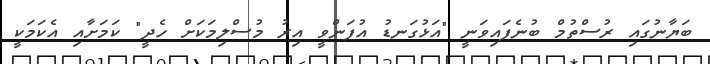
ބަޔާނުގައި ރުސްތުމް ބުނެފައިވަނީ "އަޅުގަނޑު އުފަންވީ އިރު މުސްލިމަކަށް ހެދީ" ކަމަށާއި އެކަމަކީ